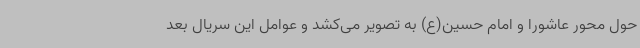
حول محور عاشورا و امام حسین(ع) به تصویر می‌کشد و عوامل این سریال بعد